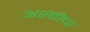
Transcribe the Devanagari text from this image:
अरबीचा